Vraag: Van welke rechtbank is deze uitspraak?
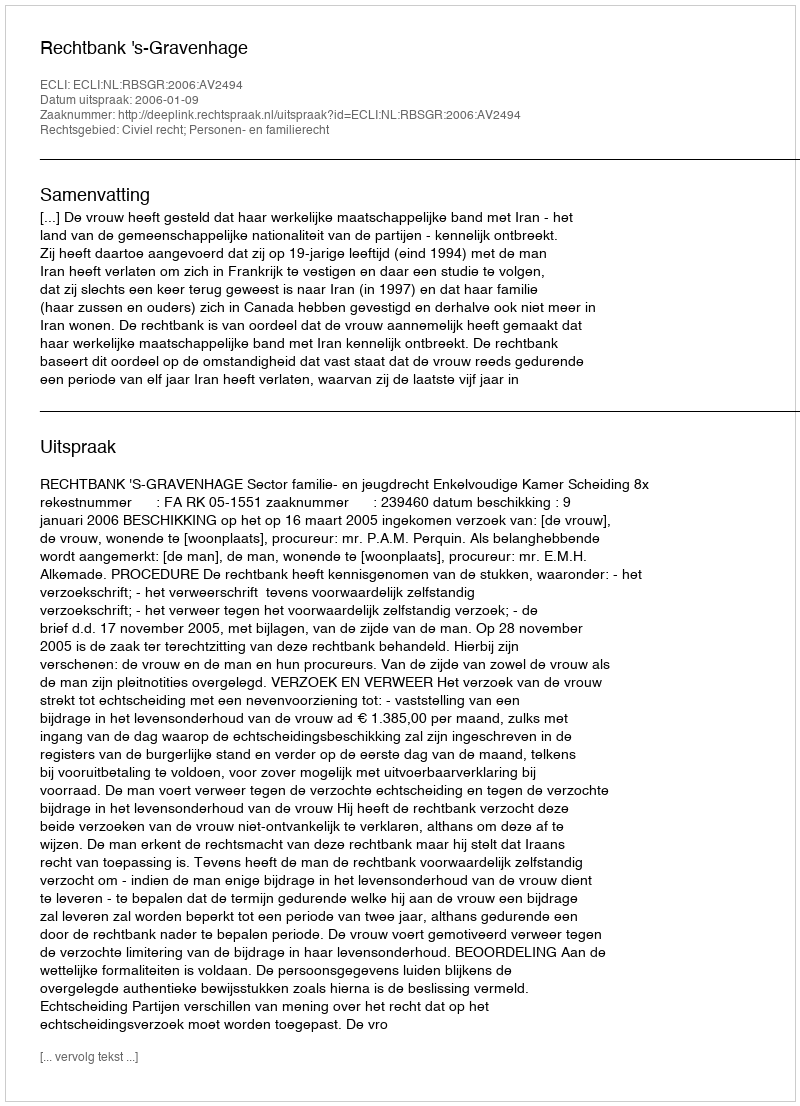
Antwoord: Rechtbank 's-Gravenhage